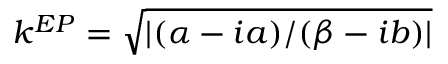
k ^ { E P } = \sqrt { | ( \alpha - i a ) / ( \beta - i b ) | }